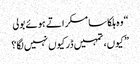
“ وہ ہلکا سا مسکراتے ہوئے بولی
” کیوں، تمہیں ڈر کیوں نہیں لگا؟